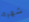
شهرة